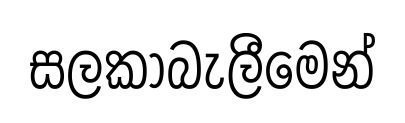
සලකාබැලීමෙන්